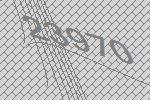
23970